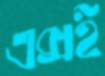
এক্সই